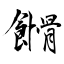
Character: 餶